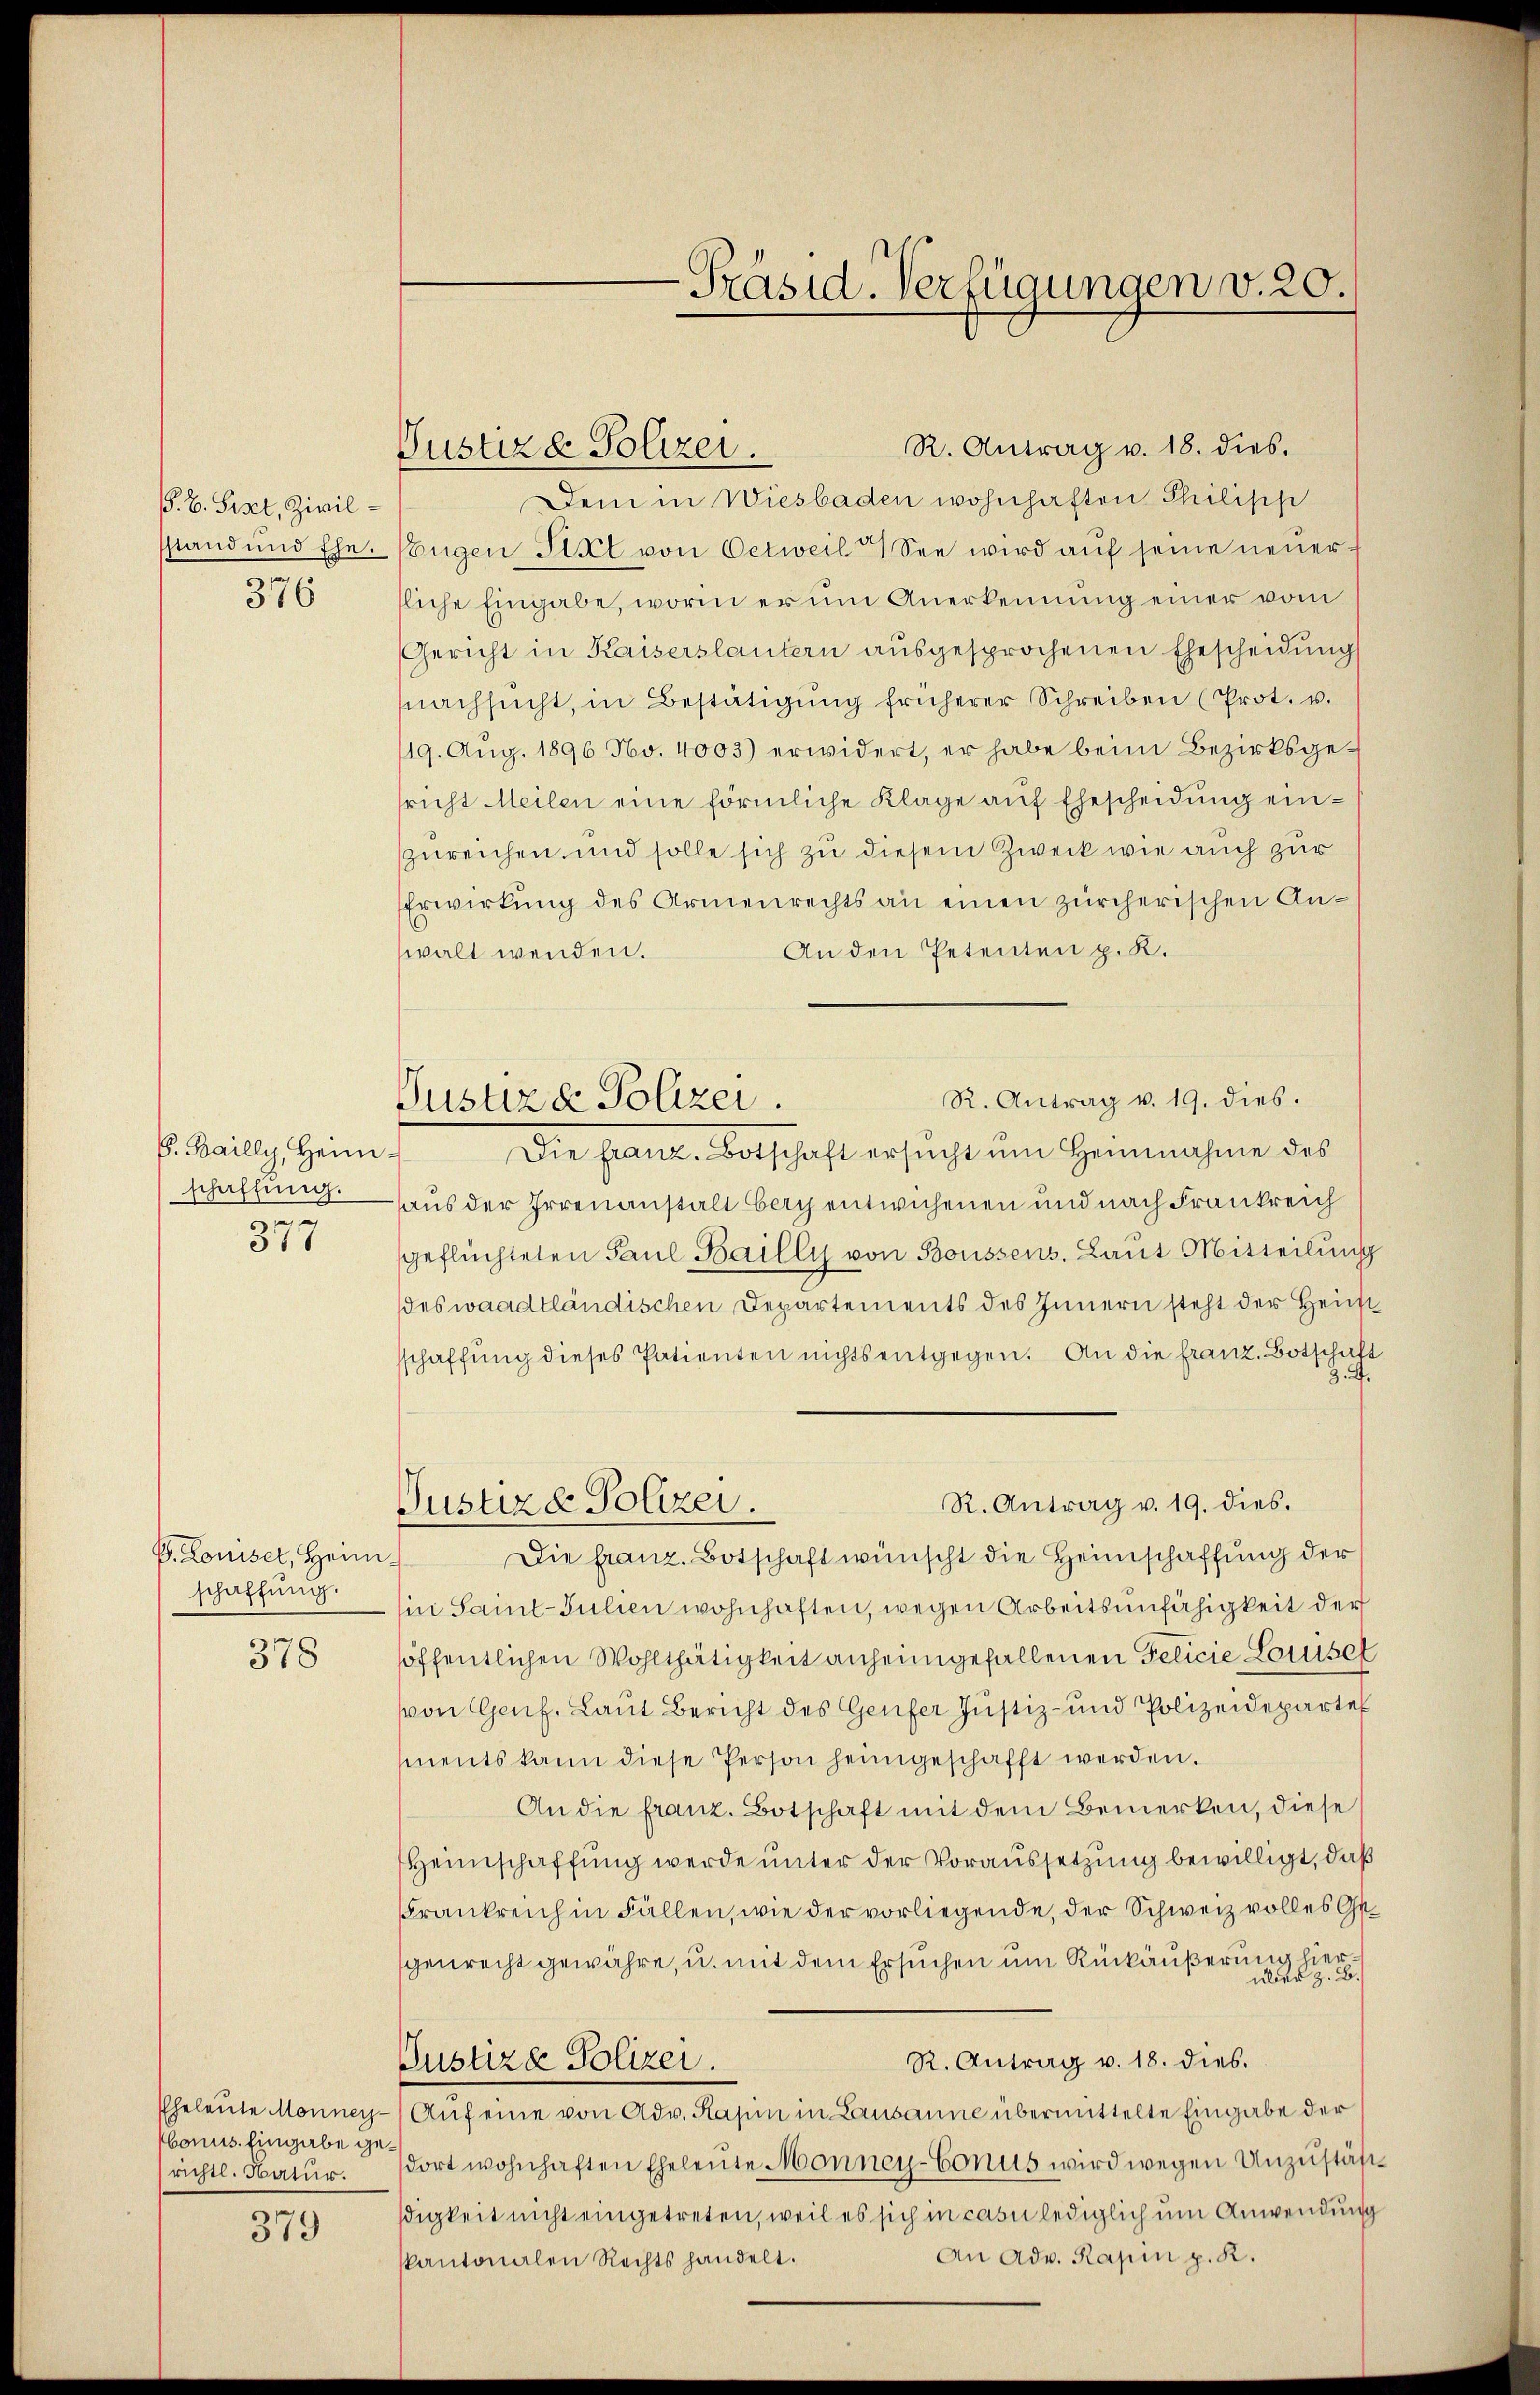
P. B. Sixt, Zivilstand und Ehe.
376

378

379

E. Bailly, Heim.
schaffung.
.
317

V. Louiset, Heimschaffung.

bonus. Eingabe ge¬
(richtl. Natur.

Justizd Polizei.

R. Antrag v. 18. dies.
Dein in Wiesbaden wohnhaften Philisch
Eŭgen Stat von Oetweil See wird aŭf seine neuerliche Eingabe, worin er im Anerkennung einer vom
Gericht in Kaiserslantern aŭsgesprochenen Ehescheidŭng
nachsucht, in Bestätigŭng früherer Schreiben (Prot. v.
19. Aug. 1896 No. 4003) erwidert, er habe beim Bezirksgesricht Meilen eine förmliche Klage aŭf Ehescheidŭng ein-
zureichen und solle sich zu diesem Zweck wie auch zur
Erwirkung des Armenrechts an einen zürcherischen An¬
An den Petenten p. K.
walt wenden.
R. Antrag v. 19. dies.
Die franz. Botschaft ersucht um Heinnahme des
haus der Irrenanstalt bery entwichenen und nach Frankreich
geflüchteten Paul Bailly von Boussens. Laut Mitteilung
des waadtländischen Departements des Innern steht der Heim
sschaffŭng dieses Patienten nichts entgegen. An die franz. Botschaft
.
R. Antrag v. 19. dies.
Justizd Polizei.
Die franz. Botschaft wünscht die Heimschaffung der
sin Saint-Julien wohnhaften, wegen Arbeitsunfähigkeit der
höffentlichen Wohlthätigkeit anheimgefallenen Felicie Lasset
von Genf. Laut Bericht des Genfer Justiz- und Polizeideparte
ments kann diese Person heimgeschafft werden.
An die franz. Botschaft mit dem Bemerken, diese
Heimschaffung werde unter der Voraussetzung bewilligt, daß
Frankreich in Fällen, wie der vorliegende, der Schweiz volles Gegenrecht gewähre, u. mit dem Ersuchen um Rückäußerung hierüber z. B.
R. Antrag v. 18. dies
Justiza Polizei.
Eheleute Monney-/ Aŭf eine von Adv. Kapin in Lausanne übermittelte Eingabe der
dort wohnhaften Eheleute Monney-Conus wird wegen Unzuständigkeit nicht eingetreten, weil es sich in casu lediglich um Anwendung
An Adv. Rapin p. K.
kantonalen Rechts handelt.

Justiz & Polizei.

Präsid. Verfügungen v. 20.